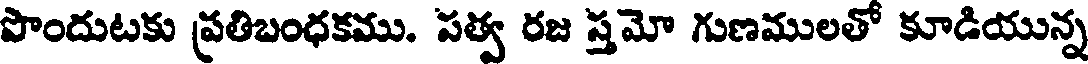
పొందుటకు ప్రతిబంధకము. సత్వ రజ స్తమో గుణములతో కూడియున్న